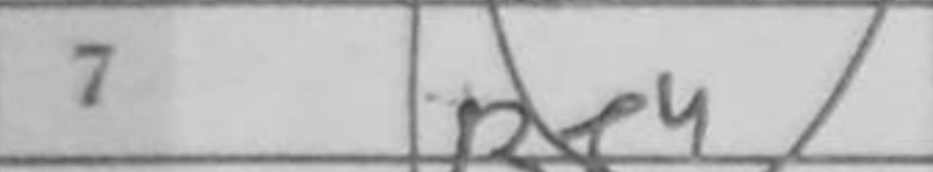
Transcription: Be4